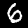
Digit: 6